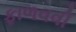
ફાળવવી